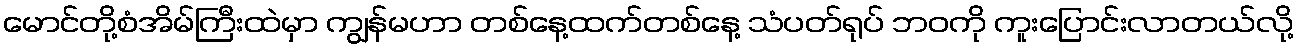
မောင်တို့စံအိမ်ကြီးထဲမှာ ကျွန်မဟာ တစ်နေ့ထက်တစ်နေ့ သံပတ်ရုပ် ဘဝကို ကူးပြောင်းလာတယ်လို့